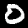
Label: 0